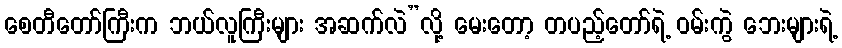
စေတီတော်ကြီးက ဘယ်လူကြီးများ အဆက်လဲ”လို့ မေးတော့ တပည့်တော်ရဲ့ ဝမ်းကွဲ ဘေးများရဲ့